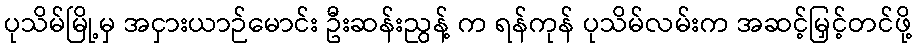
ပုသိမ်မြို့မှ အငှားယာဉ်မောင်း ဦးဆန်းညွန့် က ရန်ကုန် ပုသိမ်လမ်းက အဆင့်မြှင့်တင်ဖို့